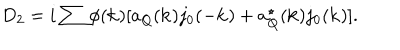
D _ { 2 } = i \sum { } \phi ( { \bf k } ) [ a _ { Q } ( { \bf k } ) j _ { 0 } ( - { \bf k } ) + a _ { Q } ^ { \star } ( { \bf k } ) j _ { 0 } ( { \bf k } ) ] .